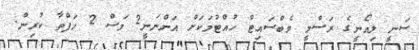
ސަނީ ލިއޯނީގެ ރަސްމީ ވެބްސައިޓް ހުއްޓުމަކަށް އަންނަނީ2 މަސް 2 ހަފްތާ ކުރިން.